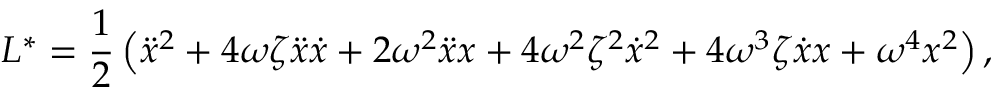
L ^ { * } = \frac { 1 } { 2 } \left( \ddot { x } ^ { 2 } + 4 \omega \zeta \ddot { x } \dot { x } + 2 \omega ^ { 2 } \ddot { x } x + 4 \omega ^ { 2 } \zeta ^ { 2 } \dot { x } ^ { 2 } + 4 \omega ^ { 3 } \zeta \dot { x } x + \omega ^ { 4 } x ^ { 2 } \right) ,